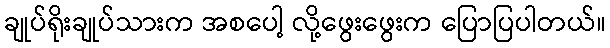
ချုပ်ရိုးချုပ်သားက အစပေါ့ လို့ဖွေးဖွေးက ပြောပြပါတယ်။